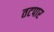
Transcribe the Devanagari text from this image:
तटपार